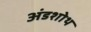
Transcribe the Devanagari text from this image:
अंडशोथ